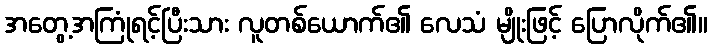
အတွေ့အကြုံရင့်ပြီးသား လူတစ်ယောက်၏ လေသံ မျိုးဖြင့် ပြောလိုက်၏။